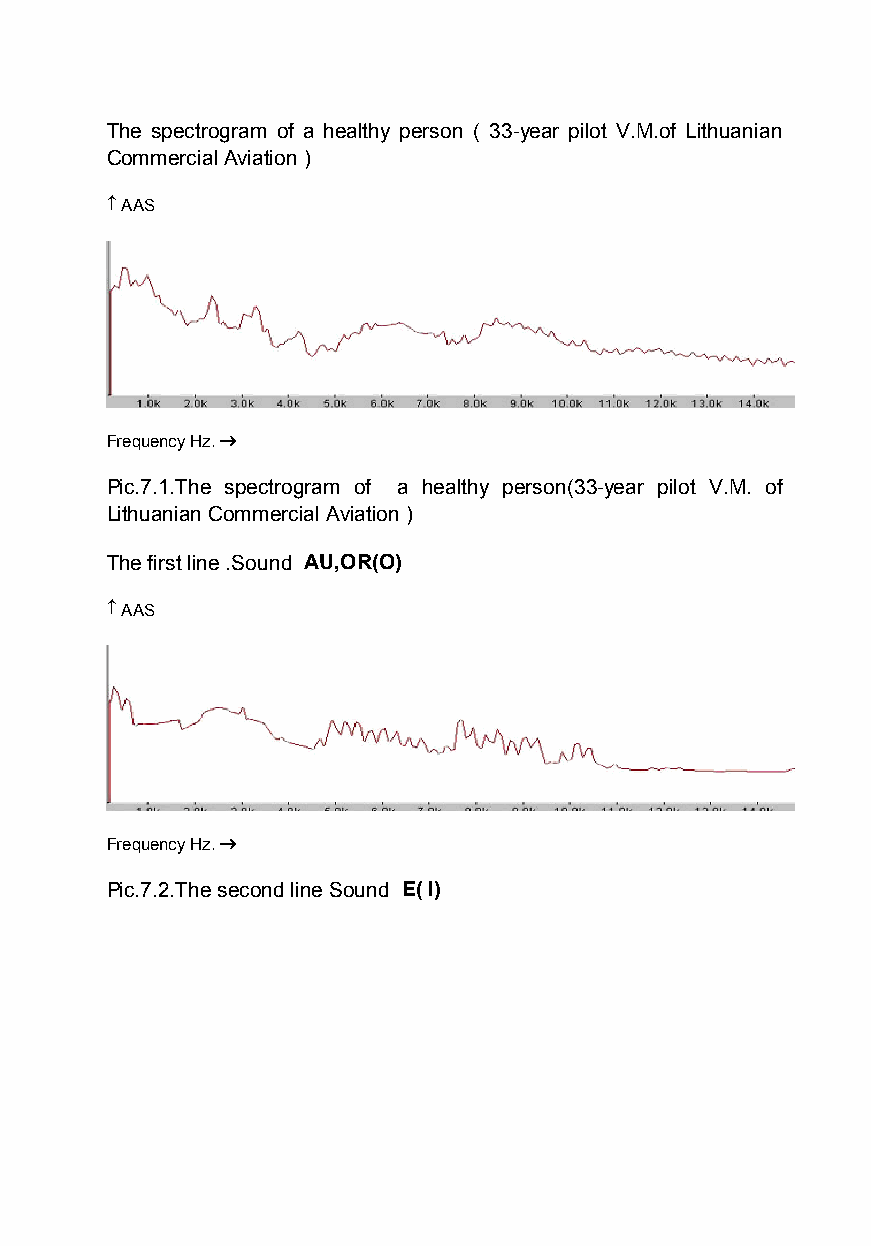
The spectrogram of a healthy person ( 33-year pilot V.M.of Lithuanian
 CommercialAviation )
  AAS
 Frequency Hz.
 Pic.7.1.The spectrogram of a healthy person(33-year pilot V.M. of
 Lithuanian Commercial Aviation )
 The first line .Sound AU,OR(O)
  AAS
 Frequency Hz.
 Pic.7.2.The second line Sound E(I)